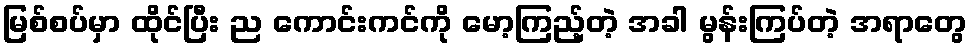
မြစ်စပ်မှာ ထိုင်ပြီး ည ကောင်းကင်ကို မော့ကြည့်တဲ့ အခါ မွန်းကြပ်တဲ့ အရာတွေ